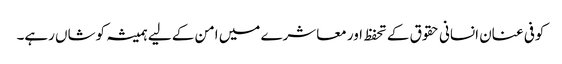
کوفی عنان انسانی حقوق کے تحفظ اور معاشرے میں امن کے لیے ہمیشہ کوشاں رہے۔